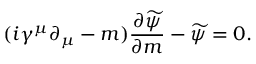
( i \gamma ^ { \mu } \partial _ { \mu } - m ) \frac { \partial \widetilde { \psi } } { \partial m } - \widetilde { \psi } = 0 .